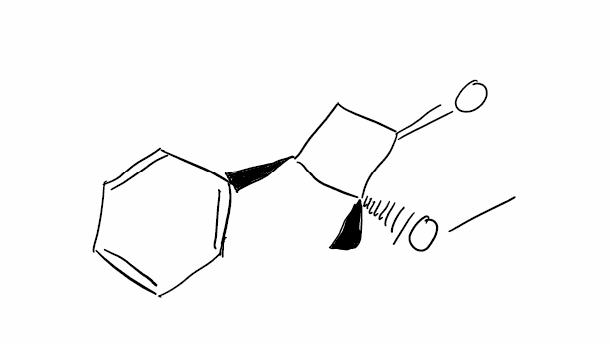
Simplified molecular-input line-entry system (SMILES) notation of the given molecule:
C[C@]1([C@H](CC1=O)C2=CC=CC=C2)OC